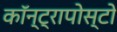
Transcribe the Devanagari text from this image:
कॉन्ट्रापोस्टो